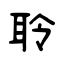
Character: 聆